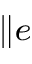
_ { \parallel e }